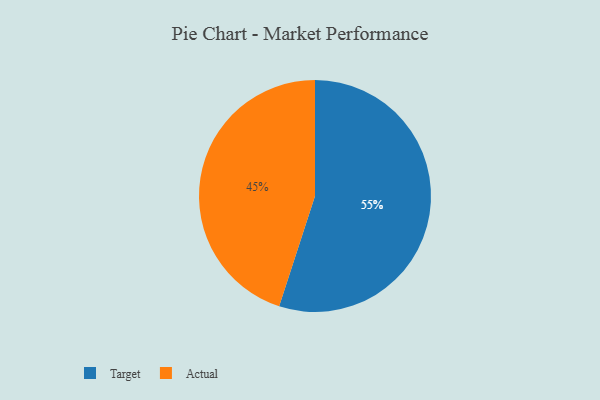
{"axis": {"x": "Category", "y": "Percentage"}, "legend": ["Actual", "Target"], "data": [{"x": "Target", "y": 55, "type": "Target"}, {"x": "Actual", "y": 45, "type": "Actual"}]}